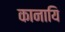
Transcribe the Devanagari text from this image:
कानायि